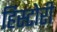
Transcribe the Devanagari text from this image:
हिस्टोरी